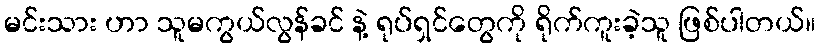
မင်းသား ဟာ သူမကွယ်လွန်ခင် နဲ့ ရုပ်ရှင်တွေကို ရိုက်ကူးခဲ့သူ ဖြစ်ပါတယ်။